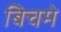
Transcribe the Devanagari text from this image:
बिचमे